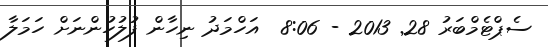
ސެޕްޓެމްބަރު 28